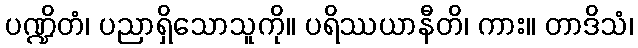
ပဏ္ဍိတံ၊ ပညာရှိသောသူကို။ ပရိဿယာနီတိ၊ ကား။ တာဒိသံ၊